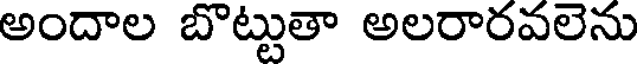
అందాల బొట్టుతా అలరారవలెను